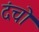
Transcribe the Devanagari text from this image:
दंचो